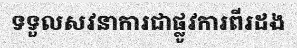
ទទួលសវនាការជាផ្លូវការពីរដង